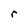
Character: r